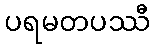
ပရမတပဿီ